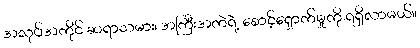
အလုပ်အကိုင် ဆရာသမား၊ အကြီးအကဲရဲ့ စောင့်ရှောက်မှုကို ရရှိလာမယ်။